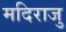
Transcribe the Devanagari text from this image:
मदिराजु